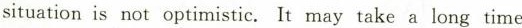
situation is not optimistic.It may take a long time